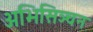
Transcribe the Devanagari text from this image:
अभिसिञ्चन